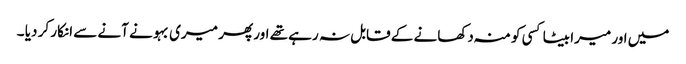
میں اور میرا بیٹا کسی کو منہ دکھانے کے قابل نہ رہے تھے اور پھر میری بہو نے آنے سے انکار کر دیا ۔